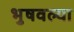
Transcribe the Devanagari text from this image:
भुषवल्या